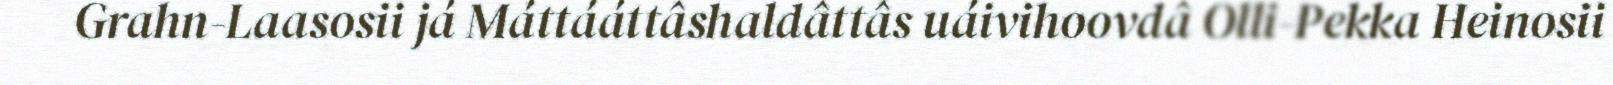
Grahn-Laasosii já Máttááttâshaldâttâs uáivihoovdâ Olli-Pekka Heinosii